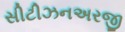
સીટીઝનઅરજી